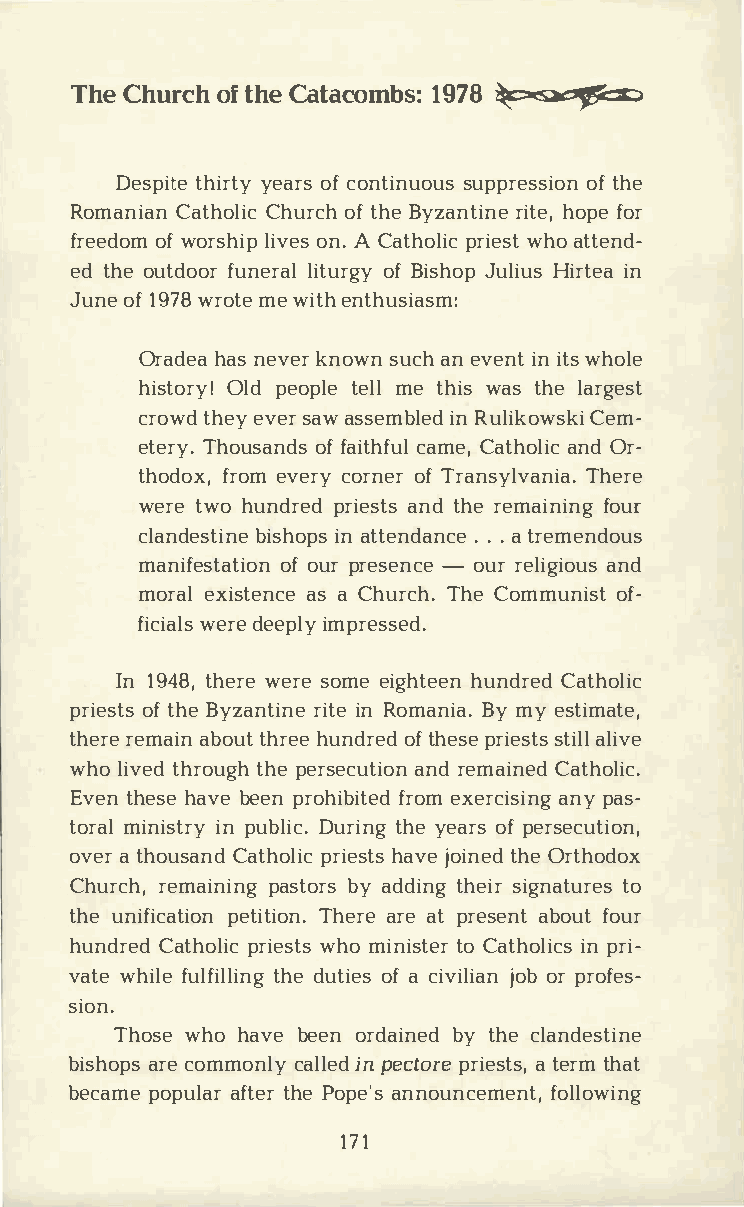
ThCeh  urocfth h Cea taco1m9b7s8: �
 Desptihtieyr etayor fcs o ntinsuuopupsr eosfts hieo n
 RomanCiaatnh oClhiucro cfth h e Byzrainthteoi,pnf eeo r
 freeodfow mo rslhiivpoe nsA. C athporliiwechs oat t tend­
 edt hoeu tdfouonre lriatlu orfBg iys hJoupl iHuisr tiena
 Junoef1 97w8r omteew itehn thusiasm:
 Oradheaans e vkenro wsnu cahne veinnit t wsh ole
 histoOrlydp! e optleeml elt hiwsa st hlea rgest
 crotwhde eyv esra aws semibnRlu eldi koCwesmk­i
 eteTrhyo.u saonffd asi tchafmuCela, t haonlOdir c­
 thodforxo,em v ecroyr noefTr r ansylTvhaenriea .
 wertew oh undrperdi easntdts h ree maifnoiunrg
 clandebsitsihinoneap tst end.a.an.t c ree mendous
 manifesotfoa utprir oens e-nocuerr e ligainodu s
 moraelx istaesna cC eh urcThh.eC ommunoifs­t
 ficwiearldese epilmyp ressed.
 In1 94t8h,e wreer seo meei ghtheuennd rCeadt holic
 prieosftt hsBe y zanrtiiitnneeR omanBiyam .ye stimate,
 therreem aaibno tuhtr heuen droeftd h epsrei essttaisll ilv e
 whol ivtehdr otuhgpehe rsecauntrdie omna iCnaetdh olic.
 Evetnh ehsaev bee epnr ohifbriotemex de rcainspyia nsg­
 tormailn isitnpr uyb lDiucr.it nhgye e aorfsp ersecution,
 oveart housCaantdh porliiechs atvjseo itnehOder thodox
 Churcrhe,m ainpiansgtb oyra sd ditnhge siirg nattuor es
 thuen ificatioTnh  epraeerta eit pt rieosnae.bn otfu otu r
 hundrCeadt hoplriicew shtoms i nisttoCe art hoilnpi rcis­
 vatweh ifluel fitlhldeiu ntgio efas c ivijloiobarp n r ofes­
 sion.
 Thosweh oh avbee eonr daibnyet dh cel andestine
 bishaorpceso mmocnallyil npe edc tporriee ast tesrt,mh at
 becapmoep ualfatrte hrPe o pea'nsn ouncefmoelnlto,w ing
 171